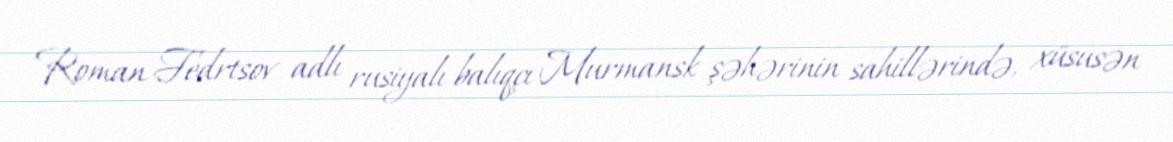
Roman Fedrtsov adlı rusiyalı balıqçı Murmansk şəhərinin sahillərində, xüsusən